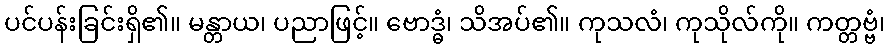
ပင်ပန်းခြင်းရှိ၏။ မန္တာယ၊ ပညာဖြင့်။ ဗောဒ္ဓံ၊ သိအပ်၏။ ကုသလံ၊ ကုသိုလ်ကို။ ကတ္တဗ္ဗံ၊